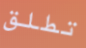
تطلق